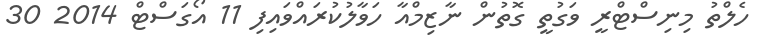
ހެލްތު މިނިސްޓްރީ ވަގުތީ ގޮތުން ނާޒިމްއާ ހަވާލުކުރައްވައިފި 11 އޯގަސްޓް 2014 30